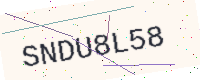
Text: SNDU8L58